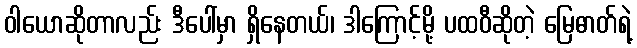
ဝါယောဆိုတာလည်း ဒီပေါ်မှာ ရှိနေတယ်၊ ဒါကြောင့်မို့ ပထဝီဆိုတဲ့ မြေဓာတ်ရဲ့